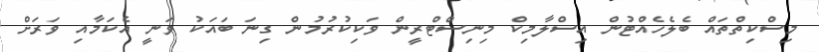
މިސްކިތްތައް ބެލެހެއްޓުން އިސްލާމިކް މިނިސްޓްރީން ވަކިކުރުމުން ގިނަ ބައަކު ވަނީ އެކަމާއި ވަރަށް